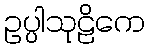
ဥပ္ပါသုဠိကေ